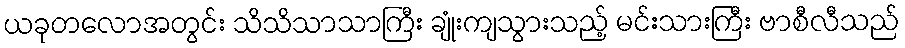
ယခုတလောအတွင်း သိသိသာသာကြီး ချုံးကျသွားသည့် မင်းသားကြီး ဗာစီလီသည်